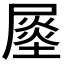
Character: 𡳈